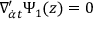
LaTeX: \nabla _ { { \dot { \alpha } } t } ^ { \prime } \Psi _ { 1 } ( z ) = 0